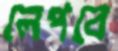
লেপবে